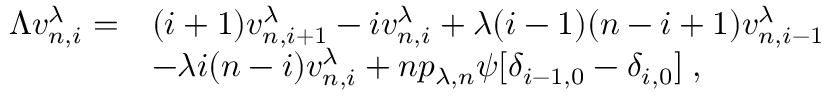
\begin{array} { r l } { \Lambda v _ { n , i } ^ { \lambda } = } & { ( i + 1 ) v _ { n , i + 1 } ^ { \lambda } - i v _ { n , i } ^ { \lambda } + \lambda ( i - 1 ) ( n - i + 1 ) v _ { n , i - 1 } ^ { \lambda } } \\ & { - \lambda i ( n - i ) v _ { n , i } ^ { \lambda } + n p _ { \lambda , n } \psi [ \delta _ { i - 1 , 0 } - \delta _ { i , 0 } ] \; , } \end{array}